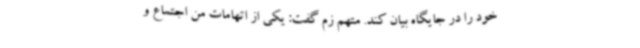
خود را در جایگاه بیان کند. متهم زم گفت: یکی از اتهامات من اجتماع و